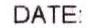
DATE: